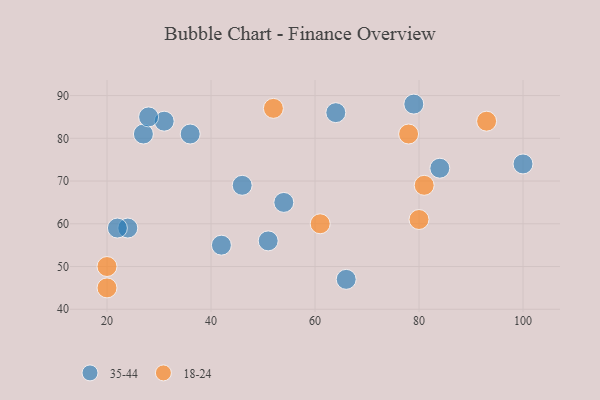
{"axis": {"x": "GDP", "y": "Life Expectancy"}, "legend": ["18-24", "35-44"], "data": [{"x": "24", "y": 59, "type": "35-44"}, {"x": "51", "y": 56, "type": "35-44"}, {"x": "54", "y": 65, "type": "35-44"}, {"x": "84", "y": 73, "type": "35-44"}, {"x": "31", "y": 84, "type": "35-44"}, {"x": "100", "y": 74, "type": "35-44"}, {"x": "27", "y": 81, "type": "35-44"}, {"x": "28", "y": 85, "type": "35-44"}, {"x": "64", "y": 86, "type": "35-44"}, {"x": "22", "y": 59, "type": "35-44"}, {"x": "42", "y": 55, "type": "35-44"}, {"x": "36", "y": 81, "type": "35-44"}, {"x": "66", "y": 47, "type": "35-44"}, {"x": "79", "y": 88, "type": "35-44"}, {"x": "46", "y": 69, "type": "35-44"}, {"x": "20", "y": 45, "type": "18-24"}, {"x": "61", "y": 60, "type": "18-24"}, {"x": "52", "y": 87, "type": "18-24"}, {"x": "80", "y": 61, "type": "18-24"}, {"x": "20", "y": 50, "type": "18-24"}, {"x": "93", "y": 84, "type": "18-24"}, {"x": "78", "y": 81, "type": "18-24"}, {"x": "81", "y": 69, "type": "18-24"}]}